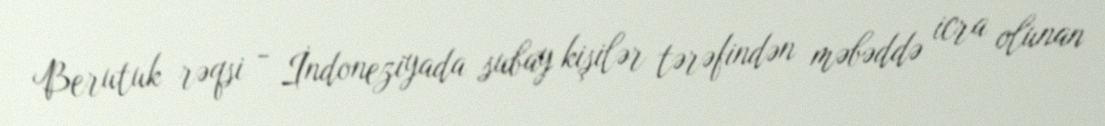
Berutuk rəqsi - İndoneziyada subay kişilər tərəfindən məbəddə icra olunan